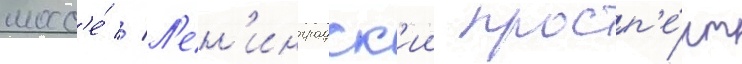
шосс'е́ // Л'ен'инградск'ии просп'е́кт